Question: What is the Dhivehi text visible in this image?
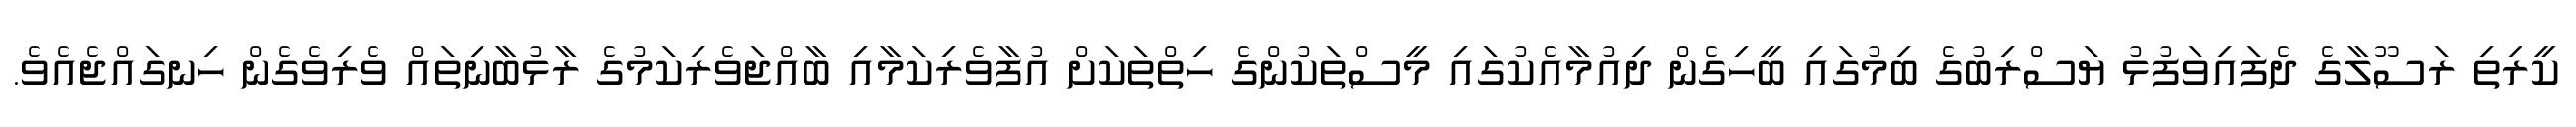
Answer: ކީރިތި ރަސޫލާގެ ދެފައިވަފުޅު ޔަސްރިބުގެ ބިމުގައި ބީހިގެން ދިއުމާއެކުގައި މީސްތަކުންގެ ހިތްތަކަށް އުފާވެރިކަމާއި ބާއްޖަވެރިކަމުގެ ރާޅުބާނިތައް ވެރިވެގެން ހިނގައްޖެއެވެ.